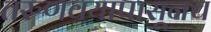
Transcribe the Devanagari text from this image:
तरुणवयापासूनच